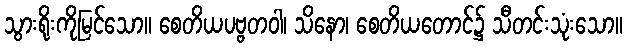
သွားရိုးကိုမြင်သော။ စေတိယပဗ္ဗတဝါ၊ သိနော၊ စေတိယတောင်၌ သီတင်းသုံးသော။